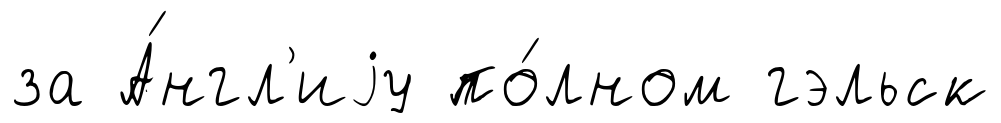
за А́нгл'иjу по́лном гэльск